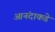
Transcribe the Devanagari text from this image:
आनंदाकडे